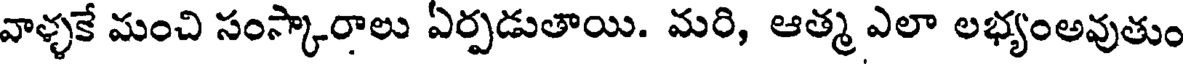
వాళ్ళకే మంచి సంస్కారాలు ఏర్పడుతాయి. మరి, ఆత్మ ఎలా లభ్యంఅవుతుం